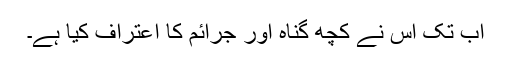
اب تک اُس نے کچھ گناہ اور جرائم کا اعتراف کیا ہے۔